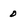
Character: 0